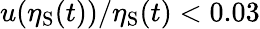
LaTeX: u(\eta_{\mathrm{S}}(t))/\eta_{\mathrm{S}}(t)<0.03